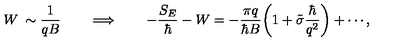
W \: \sim \frac { 1 } { q B } \qquad \Longrightarrow \qquad - \frac { S _ { E } } { \hbar } - W = - \frac { \pi q } { \hbar B } \biggl ( 1 + \tilde { \sigma } \frac { \hbar } { q ^ { 2 } } \biggr ) + \cdots ,